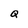
Character: Q